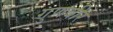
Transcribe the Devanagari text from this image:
गुणवीर